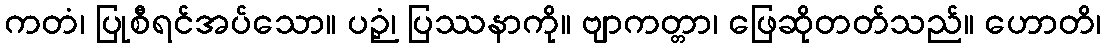
ကတံ၊ ပြုစီရင်အပ်သော။ ပဉှံ၊ ပြဿနာကို။ ဗျာကတ္တာ၊ ဖြေဆိုတတ်သည်။ ဟောတိ၊